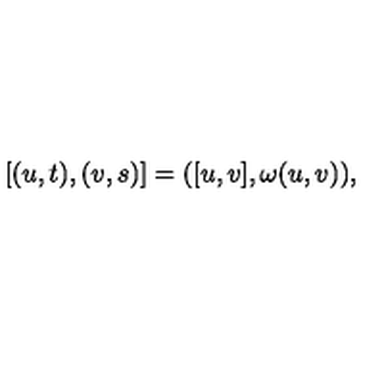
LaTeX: [ ( u , t ) , ( v , s ) ] = ( [ u , v ] , \omega ( u , v ) ) ,